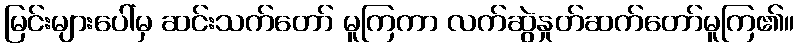
မြင်းများပေါ်မှ ဆင်းသက်တော် မူကြကာ လက်ဆွဲနှုတ်ဆက်တော်မူကြ၏။